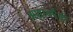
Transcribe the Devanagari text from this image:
अशाचपैकी